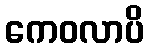
ကေဝလာပိ